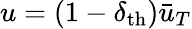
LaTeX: \begin{array}{r}{u=(1-\delta_{\mathrm{th}})\bar{u}_{T}}\end{array}